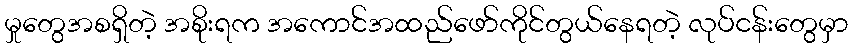
မှုတွေအစရှိတဲ့ အစိုးရက အကောင်အထည်ဖော်ကိုင်တွယ်နေရတဲ့ လုပ်ငန်းတွေမှာ